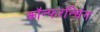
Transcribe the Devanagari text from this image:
कॉन्फरन्सिंग